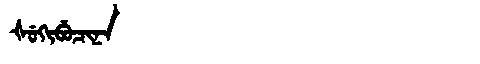
Manchu: ᡧᡠᡴᡳᠪᡠᠴᡳᠨᠠ
Romanization: ŠUKIBUCINA